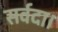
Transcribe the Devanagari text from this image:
सर्वदा।